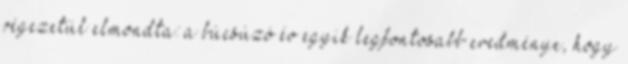
végezetül elmondta: a búcsúzó év egyik legfontosabb eredménye, hogy